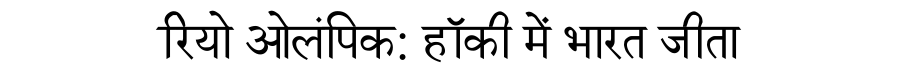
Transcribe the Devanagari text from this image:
रियो ओलंपिक: हॉकी में भारत जीता